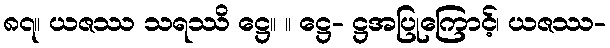
၈၇။ ယဇဿ သရဿိ ဋ္ဌေ။ ။ ဋ္ဌေ- ဋ္ဌအပြုကြောင့်၊ ယဇဿ-